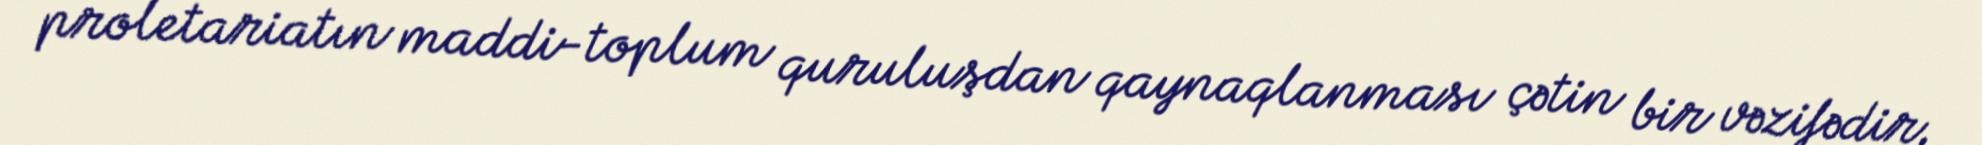
proletariatın maddi-toplum quruluşdan qaynaqlanması çətin bir vəzifədir.